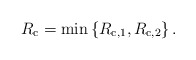
\begin{align*}R_{\mathrm{c}}=\min\left\{R_{\mathrm{c},1},R_{\mathrm{c},2}\right\}.\end{align*}